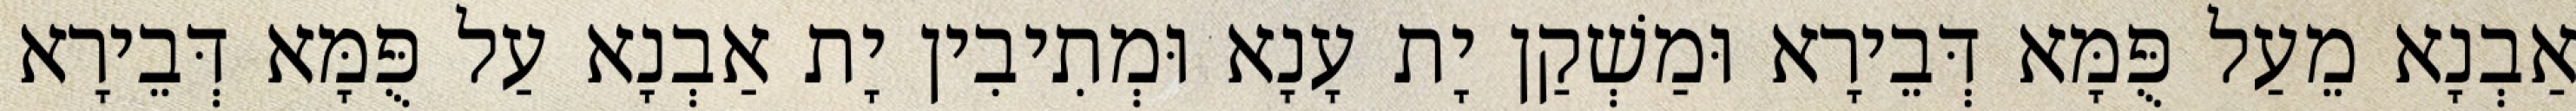
אַבְנָא מֵעַל פֻּמָּא דְּבֵירָא וּמַשְׁקַן יָת עָנָא וּמְתִיבִין יָת אַבְנָא עַל פֻּמָּא דְּבֵירָא